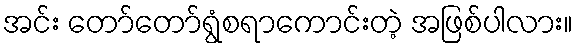
အင်း တော်တော်ရွံစရာကောင်းတဲ့ အဖြစ်ပါလား။